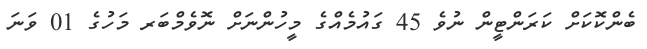
ބެންކޮކަށް ކަރަންޓީން ނުވެ 45 ގައުމެއްގެ މީހުންނަށް ނޮވެމްބަރ މަހުގެ 01 ވަނަ